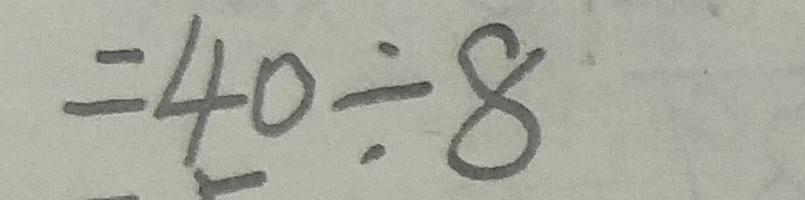
= 4 0 \div 8